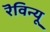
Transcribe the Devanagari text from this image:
रॆविन्यू